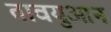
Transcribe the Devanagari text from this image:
तावयुआन